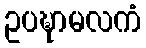
ဥပဍ္ဎာမလကံ